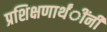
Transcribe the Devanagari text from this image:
प्रशिक्षणार्थंींनी